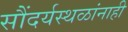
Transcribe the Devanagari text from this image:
सौंदर्यस्थळांनाही